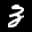
Label: 3